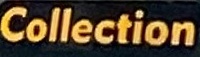
Collection